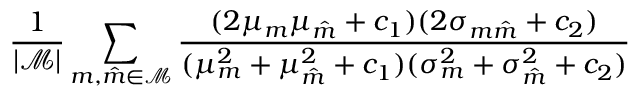
\frac { 1 } { \lvert \mathcal { M } \rvert } \sum _ { m , \hat { m } \in \mathcal { M } } \frac { ( 2 \mu _ { m } \mu _ { \hat { m } } + c _ { 1 } ) ( 2 \sigma _ { m \hat { m } } + c _ { 2 } ) } { ( \mu _ { m } ^ { 2 } + \mu _ { \hat { m } } ^ { 2 } + c _ { 1 } ) ( \sigma _ { m } ^ { 2 } + \sigma _ { \hat { m } } ^ { 2 } + c _ { 2 } ) }